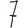
Digit: 7